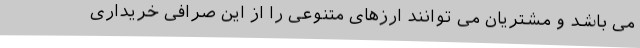
می باشد و مشتریان می توانند ارزهای متنوعی را از این صرافی خریداری